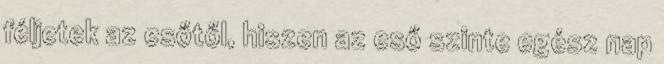
féljetek az esőtől, hiszen az eső szinte egész nap